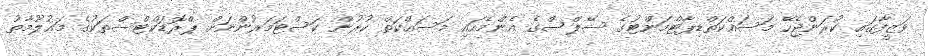
ވަޒީފާގައި ކުރަންޖެހޭ މަސައްކަތްޑިޕާޓްމަންޓުގެ ސޭލްސްގެ އެންމެހައި މަސައްކަތް ކުރުން ކަސްޓަމަރުންނަށް ޕްރޮޑަކްޓްސްތަކުގެ މަޢުލޫމާތު